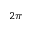
2 \pi